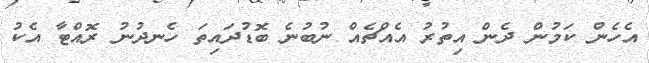
އެހެން ކަމުން ދެން އިތުރު އެއްޗެއް ނުބުނެ ބޮޑުދައިތަ ހެނދުނު ރޮއްޓާ އެކު